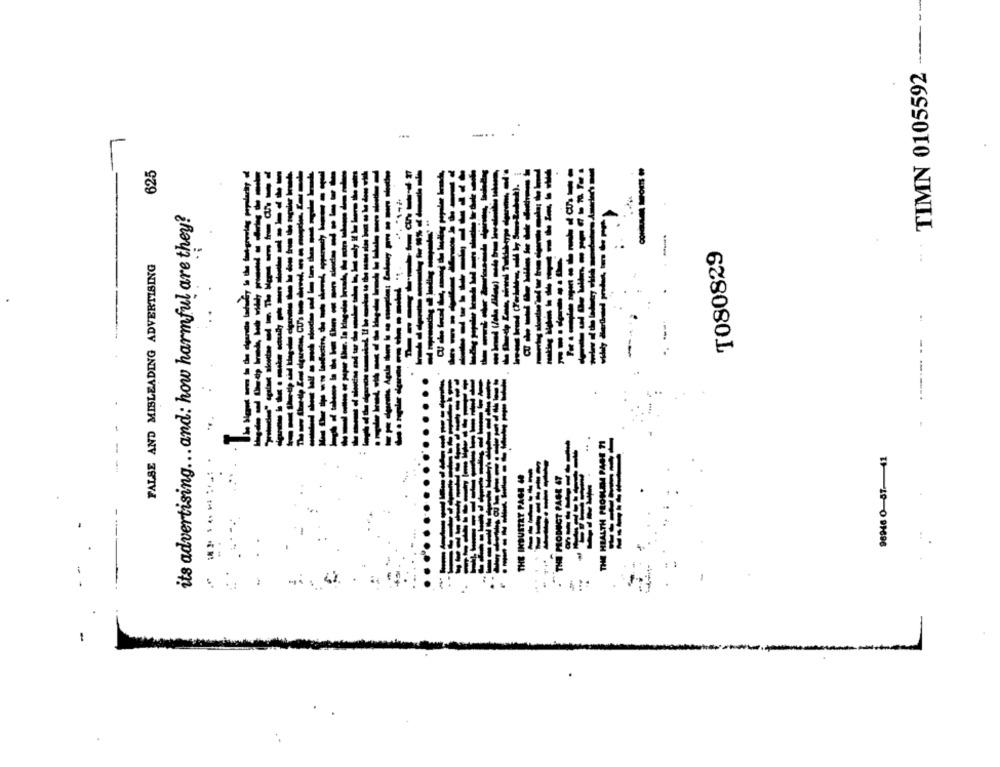
TIMN 0105592
-..
625
its advertising ... and: how harmful are they?
T080829
FALSE AND MISLEADING ADVERTISING
-
-- -
96946 0-57-41